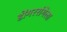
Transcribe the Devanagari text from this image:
डोंगररांगेला